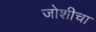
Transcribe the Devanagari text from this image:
जोशीचा